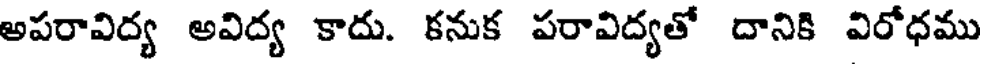
అపరావిద్య అవిద్య కాదు. కనుక పరావిద్యతో దానికి విరోధము